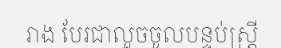
រាង បែរជាលួចចូលបន្ទប់ស្ត្រី